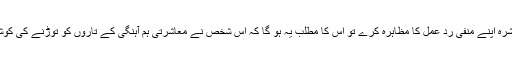
اور اگر معاشرہ اپنے منفی ردِ عمل کا مظاہرہ کرے تو اس کا مطلب یہ ہو گا کہ اُس شخص نے معاشرتی ہم آہنگی کے تاروں کو توڑنے کی کوشش کی ہے۔